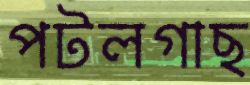
পটলগাছ